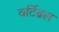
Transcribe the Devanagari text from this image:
वर्टिब्रल